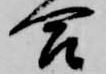
合